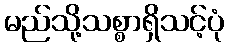
မည်သို့သစ္စာရှိသင့်ပုံ